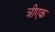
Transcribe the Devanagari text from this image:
त्रीएक